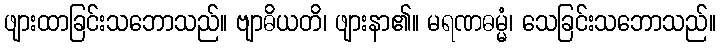
ဖျားထာခြင်းသဘောသည်။ ဗျာဓိယတိ၊ ဖျားနာ၏။ မရဏဓမ္မံ၊ သေခြင်းသဘောသည်။